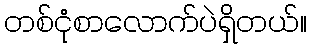
တစ်ငုံစာလောက်ပဲရှိတယ်။